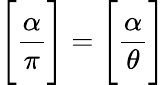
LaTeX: {\Bigg[}{\frac{\alpha}{\pi}}{\Bigg]}={\Bigg[}{\frac{\alpha}{\theta}}{\Bigg]}